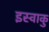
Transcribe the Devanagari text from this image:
इस्वाकु